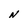
Character: N